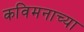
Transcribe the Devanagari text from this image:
कविमनाच्या